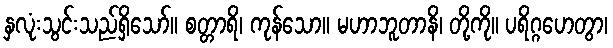
နှလုံးသွင်းသည်ရှိသော်။ စတ္တာရိ၊ ကုန်သော။ မဟာဘူတာနိ၊ တို့ကို။ ပရိဂ္ဂဟေတွာ၊